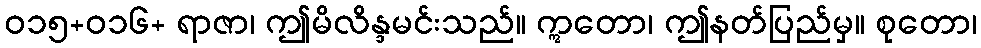
ဝ၁၅+ဝ၁၆+ ရာဇာ၊ ဤမိလိန္ဒမင်းသည်။ ဣတော၊ ဤနတ်ပြည်မှ။ စုတော၊